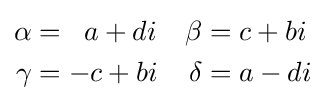
{\begin{aligned}\alpha &=\;\;a+di&\beta &=c+bi\\\gamma &=-c+bi&\delta &=a-di\end{aligned}}